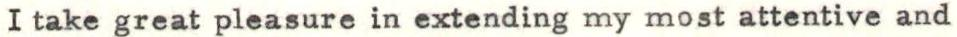
I take great pleasure in extending my most attentive and